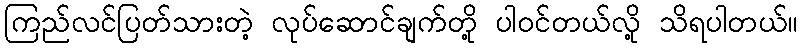
ကြည်လင်ပြတ်သားတဲ့ လုပ်ဆောင်ချက်တို့ ပါဝင်တယ်လို့ သိရပါတယ်။